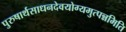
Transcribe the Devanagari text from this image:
पुरुषार्थसाधनदेवयोग्यमुत्पन्नमिति